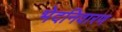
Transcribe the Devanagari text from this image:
भेदनिवारण